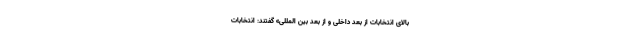
بالای انتخابات از بُعد داخلی و از بُعد بین المللی» گفتند: انتخابات